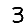
Digit: 3